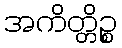
အကိတ္တိဉ္စ